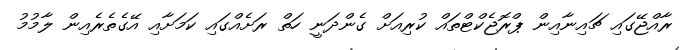
ރާއްޖޭގައި ޗައިނާއިން ޕްރޮޖެކްޓްތައް ކުރިއަށް ގެންދަނީ ހަތް ރަށެއްގައި ކަމަށާއި އޭގެތެރެއިން ލާމުމު